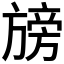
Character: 𭥁